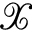
\mathcal X